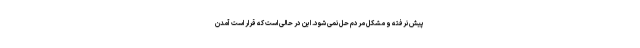
پیش نرفته و مشکل مردم حل نمی شود. این در حالی است که قرار است آمدن